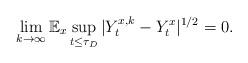
LaTeX: \begin{align*}\lim_{k\rightarrow\infty}\mathbb E_x\sup_{t\le\tau_D}|Y^{x,k}_t-Y^{x}_t|^{1/2}=0.\end{align*}